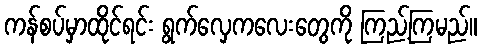
ကန်စပ်မှာထိုင်ရင်း ရွက်လှေကလေးတွေကို ကြည့်ကြမည်။